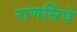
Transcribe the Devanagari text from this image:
राणसिंघे